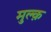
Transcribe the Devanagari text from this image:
मुल्क़